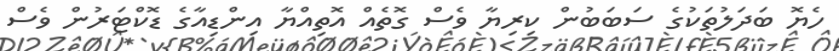
ހެޔޮ ބަދަލުތަކުގެ ސަބަބުން ކިރިޔާ ވެސް ގޮތެއް އޮތިއްޔާ އިންޑިއާގެ ޑޮކްޓަރުން ވެސް